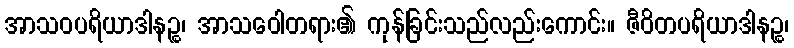
အာသဝပရိယာဒါနဉ္စ၊ အာသဝေါတရား၏ ကုန်ခြင်းသည်လည်းကောင်း။ ဇီဝိတပရိယာဒါနဉ္စ၊